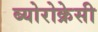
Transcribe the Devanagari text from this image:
ब्योरोक्रेसी